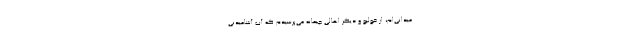
میدانی‌ام، از خولیو و دیگر اهالی چیمانه می‌پرسیدم که آب آشامیدنی